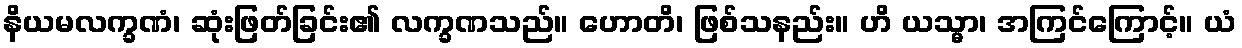
နိယမလက္ခဏံ၊ ဆုံးဖြတ်ခြင်း၏ လက္ခဏသည်။ ဟောတိ၊ ဖြစ်သနည်း။ ဟိ ယသ္မာ၊ အကြင်ကြောင့်။ ယံ